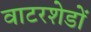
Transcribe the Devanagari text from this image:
वाटरशेडों